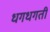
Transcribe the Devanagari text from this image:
धगधगती